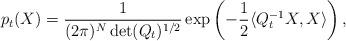
LaTeX: \begin{align*}p_t(X)=\frac{1}{(2\pi)^N\det(Q_t)^{1/2}}\exp\left(-\frac12\langle Q_t^{-1}X,X\rangle\right),\end{align*}